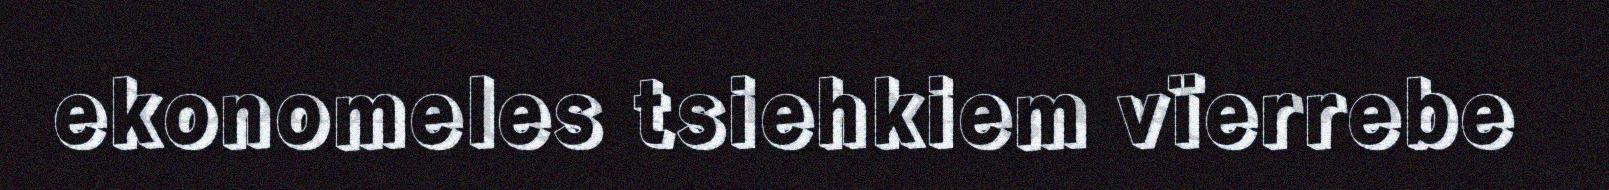
ekonomeles tsiehkiem vïerrebe